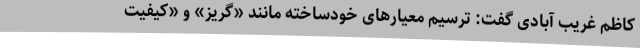
کاظم غریب آبادی گفت: ترسیم معیارهای خودساخته مانند «گریز» و «کیفیت